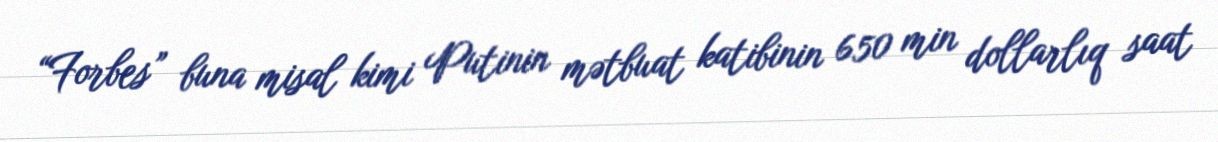
“Forbes” buna misal kimi Putinin mətbuat katibinin 650 min dollarlıq saat